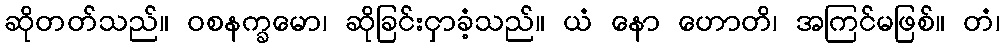
ဆိုတတ်သည်။ ဝစနက္ခမော၊ ဆိုခြင်းငှာခံ့သည်။ ယံ နော ဟောတိ၊ အကြင်မဖြစ်။ တံ၊